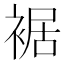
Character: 裾